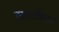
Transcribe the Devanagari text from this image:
कालरात्रीच्या